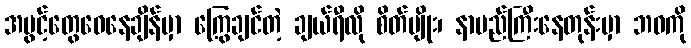
အပွင့်တွေဝေနေချိန်မှာ ကြွေချင်တဲ့ ချယ်ရီလို စိတ်မျိုး၊ နာမည်ကြီးနေတုန်းမှာ ဘဝကို